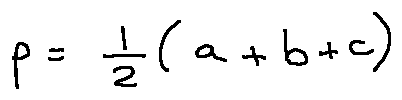
p = \frac { 1 } { 2 } ( a + b + c )